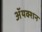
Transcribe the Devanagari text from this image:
ॲयक्शन